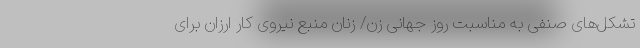
تشکل‌های صنفی به مناسبت روز جهانی زن/ زنان منبع نیروی کار ارزان برای